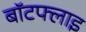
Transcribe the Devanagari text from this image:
बॉटफ्लाइ